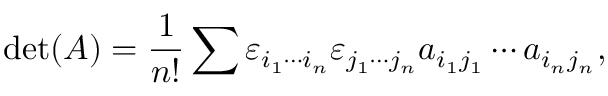
\operatorname* { d e t } ( A ) = { \frac { 1 } { n ! } } \sum \varepsilon _ { i _ { 1 } \cdots i _ { n } } \varepsilon _ { j _ { 1 } \cdots j _ { n } } a _ { i _ { 1 } j _ { 1 } } \cdots a _ { i _ { n } j _ { n } } ,